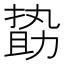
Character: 𠢞